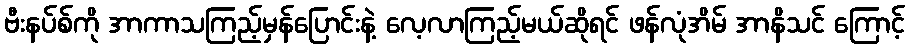
ဗီးနပ်စ်ကို အာကာသကြည့်မှန်ပြောင်းနဲ့ လေ့လာကြည့်မယ်ဆိုရင် ဖန်လုံအိမ် အာနိသင် ကြောင့်